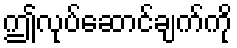
ဤလုပ်ဆောင်ချက်ကို